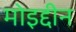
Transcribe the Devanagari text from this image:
मोइद्दीन